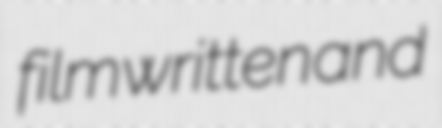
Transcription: film written and